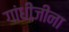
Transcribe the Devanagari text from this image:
गांधींजीना